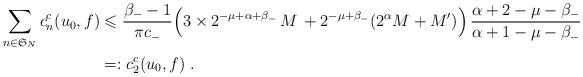
LaTeX: \begin{align*}\sum_{n \in \mathfrak{S}_N} c_n^c(u_0,f) & \leqslant \frac{\beta_- - 1}{ \pi c_-} \Big( 3 \times 2^{-\mu+\alpha+\beta_-} \, M \, + 2^{-\mu + \beta_-} (2^{\alpha} M + M') \Big) \, \frac{\alpha + 2 - \mu - \beta_-}{\alpha + 1 - \mu - \beta_-} \\& =: c_2^c(u_0,f) \; . \end{align*}